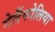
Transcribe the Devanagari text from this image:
मेलैंकोलिया